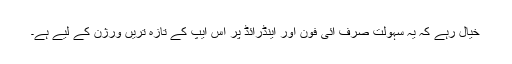
خیال رہے کہ یہ سہولت صرف آئی فون اور اینڈرائڈ پر اس ایپ کے تازہ تریں ورژن کے لیے ہے۔